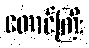
တောင်ကြီး